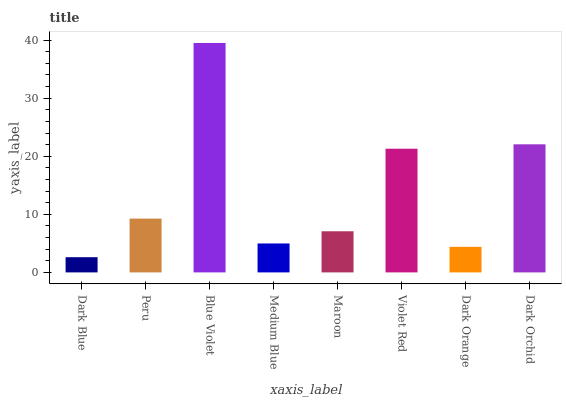
| xaxis_label | bars |
 | --- | --- |
 | Dark Blue | 2.62 |
 | Peru | 9.27 |
 | Blue Violet | 39.5 |
 | Medium Blue | 4.98 |
 | Maroon | 7.08 |
 | Violet Red | 21.3 |
 | Dark Orange | 4.4 |
 | Dark Orchid | 22.1 |